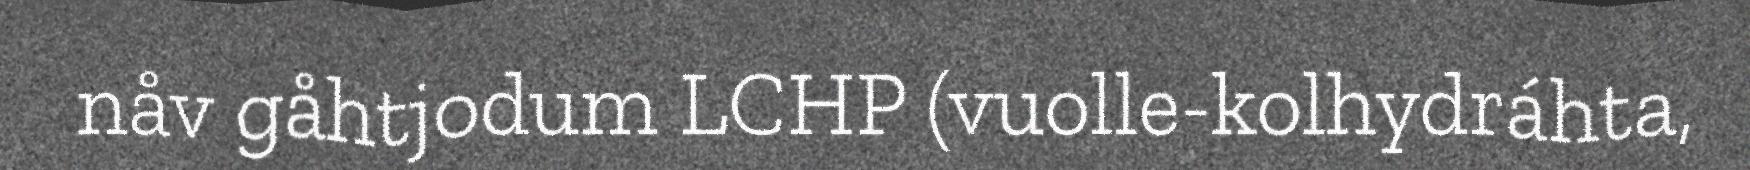
nåv gåhtjodum LCHP (vuolle-kolhydráhta,